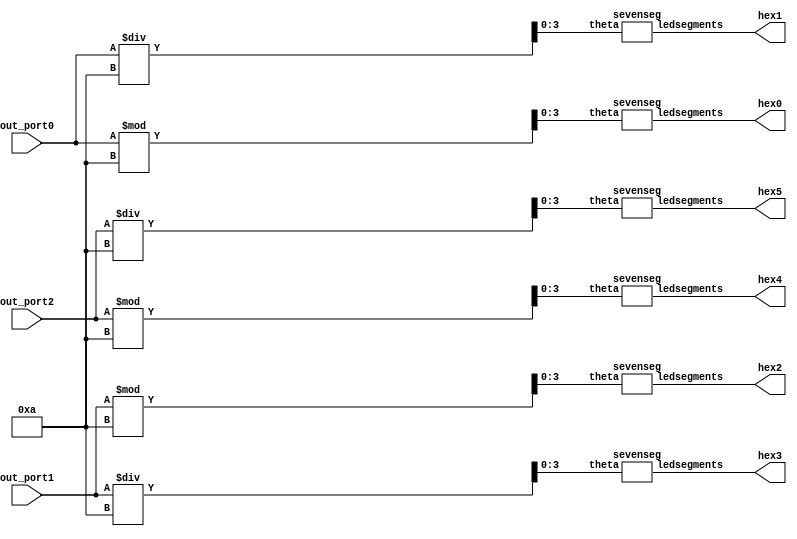
module out_port_adapter(hex0, hex1, hex2, hex3, hex4, hex5, out_port0, out_port1, out_port2);

	input [31:0] out_port0, out_port1, out_port2;
	
	output [6:0] hex0, hex1, hex2, hex3, hex4, hex5;
	
	wire [3:0] a0, a1, b0, b1, c0, c1;
	assign a0 = out_port0 % 10;
	assign a1 = out_port0 / 10;
	assign b0 = out_port1 % 10;
	assign b1 = out_port1 / 10;
	assign c0 = out_port2 % 10;
	assign c1 = out_port2 / 10;
	
	sevenseg h0(a0, hex0);
	sevenseg h1(a1, hex1);
	sevenseg h2(b0, hex2);
	sevenseg h3(b1, hex3);
	sevenseg h4(c0, hex4);
	sevenseg h5(c1, hex5);

endmodule


//4bit BCD 7  LED 
module sevenseg ( theta, ledsegments); 
	input [3:0] theta; 
	output [6:0] ledsegments; 
	reg [6:0] ledsegments;
	always @ (*) 
		case(theta)
			// //gfe_dcba 654_3210
			0: ledsegments = 7'b100_0000;				// DE2C
			1: ledsegments = 7'b111_1001; 
			2: ledsegments = 7'b010_0100; 
			3: ledsegments = 7'b011_0000; 
			4: ledsegments = 7'b001_1001; 
			5: ledsegments = 7'b001_0010; 
			6: ledsegments = 7'b000_0010; 
			7: ledsegments = 7'b111_1000; 
			8: ledsegments = 7'b000_0000; 
			9: ledsegments = 7'b001_0000; 
			default: ledsegments = 7'b111_1111; 	// 
	endcase
endmodule